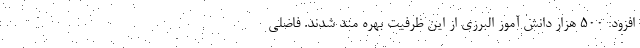
افزود: 500 هزار دانش آموز البرزی از این ظرفیت بهره مند شدند. فاضلی